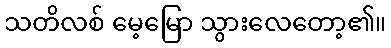
သတိလစ် မေ့မြော သွားလေတော့၏။